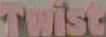
Twist